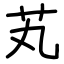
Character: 芄